Vaccination in the Punjab 1919-1929 - 1919-1929
Year: 1919
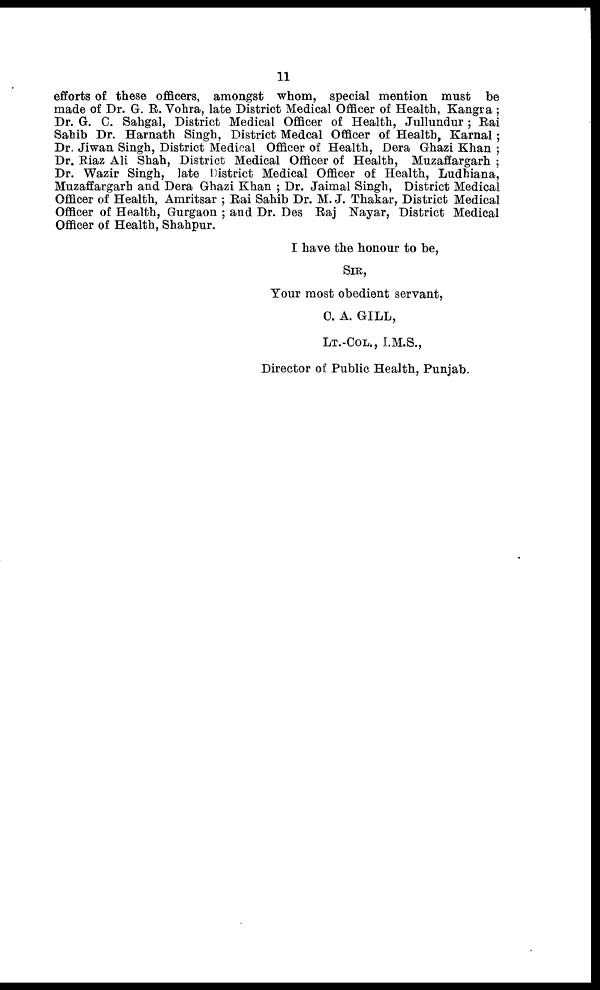
11
efforts of these officers, amongst whom, special mention must be
made of Dr. G. R. Vohra, late District Medical Officer of Health, Kangra;
Dr. G. C. Sahgal, District Medical Officer of Health, Jullundur; Rai
Sahib Dr. Harnath Singh, District Medical Officer of Health, Karnal;
Dr. Jiwan Singh, District Medical Officer of Health, Dera Ghazi Khan ;
Dr. Riaz Ali Shah, District Medical Officer of Health, Muzaffargarh;
Dr. Wazir Singh, late District Medical Officer of Health, Ludhiana,
Muzaffargarh and Dera Ghazi Khan; Dr. Jaimal Singh, District Medical
Officer of Health, Amritsar; Rai Sahib Dr. M. J. Thakar, District Medical
Officer of Health, Gurgaon; and Dr. Des Raj Nayar, District Medical
Officer of Health, Shahpur.
I have the honour to be,
SIR,
Your most obedient servant,
C. A. GILL,
LT.-COL., I.M.S.,
Director of Public Health, Punjab.